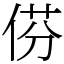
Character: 𠊠